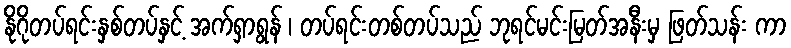
နိုဂိုတပ်ရင်းနှစ်တပ်နှင့် အက်ရှာရွန် ၊ တပ်ရင်းတစ်တပ်သည် ဘုရင်မင်းမြတ်အနီးမှ ဖြတ်သန်း ကာ